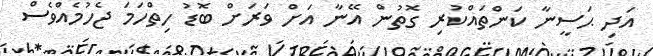
އަދި ޙަސީނާ ކަންތައްކުރި ގޮތުން އޭނާ އަށް ވަރަށް ބޮޑު ހިތްހަމަ ޖެހުމެއްވެސް